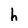
Character: h